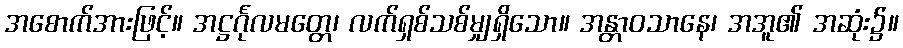
အစောက်အားဖြင့်။ အဋ္ဌင်္ဂုလမတ္တေ၊ လက်ရှစ်သစ်မျှရှိသော။ အန္တာဝသာနေ၊ အအူ၏ အဆုံး၌။